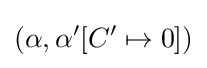
(\alpha ,\alpha '[C'\mapsto 0])